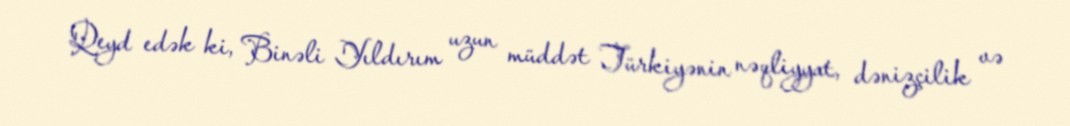
Qeyd edək ki, Binəli Yıldırım uzun müddət Türkiyənin nəqliyyat, dənizçilik və